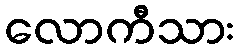
လောကီသား